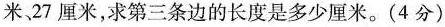
米、27厘米，求第三条边的长度是多少厘米。(4分)